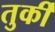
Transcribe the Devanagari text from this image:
तुर्कीं